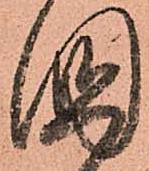
國